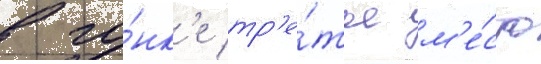
в го́нк'е тр'е́тье м'е́сто